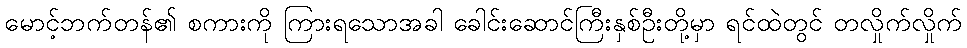
မောင့်ဘက်တန်၏ စကားကို ကြားရသောအခါ ခေါင်းဆောင်ကြီးနှစ်ဦးတို့မှာ ရင်ထဲတွင် တလှိုက်လှိုက်